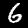
Digit: 6